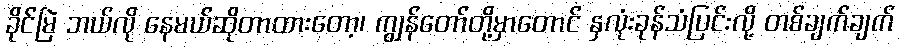
ခိုင်မြဲ ဘယ်လို နေမယ်ဆိုတာထားတော့၊ ကျွန်တော်တို့မှာတောင် နှလုံးခုန်သံပြင်းလို့ တစ်ချက်ချက်